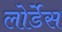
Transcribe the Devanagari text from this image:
लोर्डेस